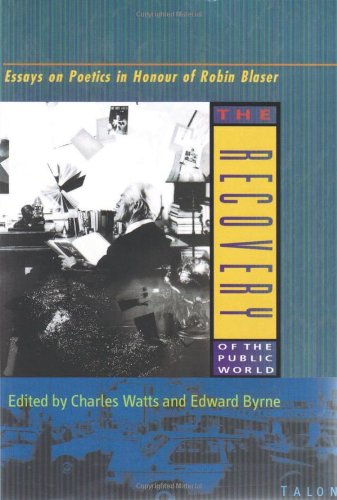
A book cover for The Recovery of the Public World: Essays on Poetics in Honour of Robin Blaser; Literature & Fiction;